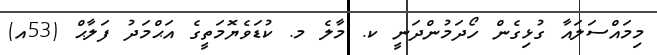
މިމައްސަލައާ ގުޅިގެން ހޯދަމުންދަނީ ކ. މާލެ މ. ކުޑަވެޔޮމަތީގެ އަޙްމަދު ފަލާޙް (53އ)